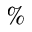
\%